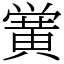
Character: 黉